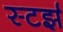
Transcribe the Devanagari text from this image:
स्टर्झ